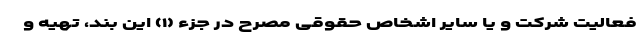
فعالیت شرکت و یا سایر اشخاص حقوقی مصرح در جزء (۱) این بند، تهیه و